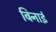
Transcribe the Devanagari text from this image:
बिनाई